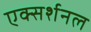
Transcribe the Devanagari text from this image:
एक्सर्शनल